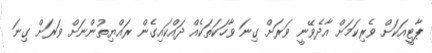
ޕާޓީއަކަށް ވެރިކަމަށް އާދެވޭނީ ވަރަށް ގިނަ ވާހަކަތަކެއް ދައްކައިގެން ރައްޔިތުންނަށް ވަރަށް ގިނަ